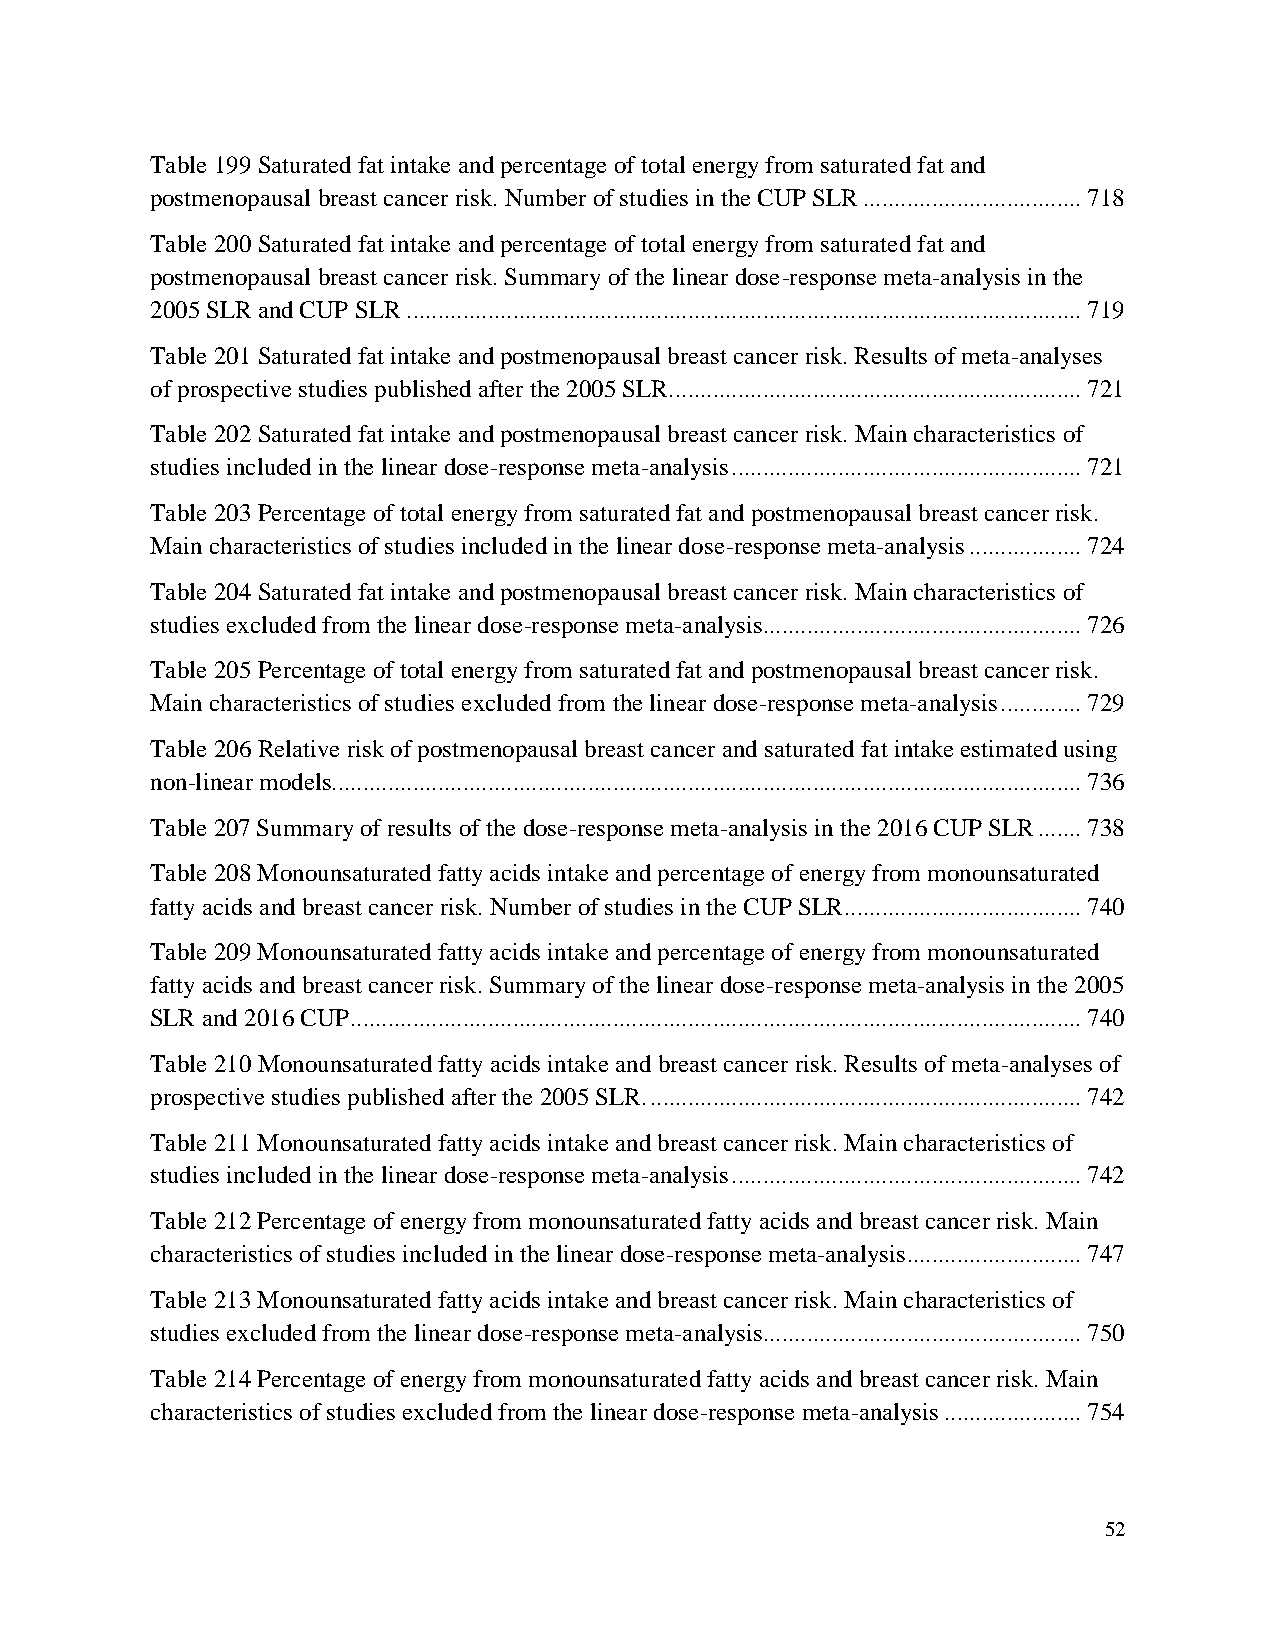
Table 199 Saturated fat intake and percentage of total energy from saturated fat and
 postmenopausal breast cancer risk. Number of studies in the CUP SLR ................................... 718
 Table 200 Saturated fat intake and percentage of total energy from saturated fat and
 postmenopausal breast cancer risk. Summary of the linear dose-response meta-analysis in the
 2005 SLR and CUP SLR ............................................................................................................ 719
 Table 201 Saturated fat intake and postmenopausal breast cancer risk. Results of meta-analyses
 of prospective studies published after the 2005 SLR.................................................................. 721
 Table 202 Saturated fat intake and postmenopausal breast cancer risk. Main characteristics of
 studies included in the linear dose-response meta-analysis ........................................................ 721
 Table 203 Percentage of total energy from saturated fat and postmenopausal breast cancer risk.
 Main characteristics of studies included in the linear dose-response meta-analysis .................. 724
 Table 204 Saturated fat intake and postmenopausal breast cancer risk. Main characteristics of
 studies excluded from the linear dose-response meta-analysis................................................... 726
 Table 205 Percentage of total energy from saturated fat and postmenopausal breast cancer risk.
 Main characteristics of studies excluded from the linear dose-response meta-analysis ............. 729
 Table 206 Relative risk of postmenopausal breast cancer and saturated fat intake estimated using
 non-linear models........................................................................................................................ 736
 Table 207 Summary of results of the dose-response meta-analysis in the 2016 CUP SLR ....... 738
 Table 208 Monounsaturated fatty acids intake and percentage of energy from monounsaturated
 fatty acids and breast cancer risk. Number of studies in the CUP SLR ...................................... 740
 Table 209 Monounsaturated fatty acids intake and percentage of energy from monounsaturated
 fatty acids and breast cancer risk. Summary of the linear dose-response meta-analysis in the 2005
 SLR and 2016 CUP ..................................................................................................................... 740
 Table 210 Monounsaturated fatty acids intake and breast cancer risk. Results of meta-analyses of
 prospective studies published after the 2005 SLR. ..................................................................... 742
 Table 211 Monounsaturated fatty acids intake and breast cancer risk. Main characteristics of
 studies included in the linear dose-response meta-analysis ........................................................ 742
 Table 212 Percentage of energy from monounsaturated fatty acids and breast cancer risk. Main
 characteristics of studies included in the linear dose-response meta-analysis ............................ 747
 Table 213 Monounsaturated fatty acids intake and breast cancer risk. Main characteristics of
 studies excluded from the linear dose-response meta-analysis................................................... 750
 Table 214 Percentage of energy from monounsaturated fatty acids and breast cancer risk. Main
 characteristics of studies excluded from the linear dose-response meta-analysis ...................... 754
 52